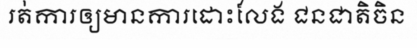
រត់ការឲ្យមានការដោះលែង ជនជាតិចិន